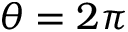
\theta = 2 \pi